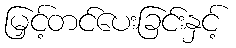
မြှင့်တင်ပေးခြင်းနှင့်